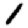
Digit: 1